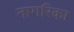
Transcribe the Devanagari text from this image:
नागरिका